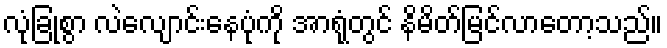
လုံခြုံစွာ လဲလျောင်းနေပုံကို အာရုံတွင် နိမိတ်မြင်လာတော့သည်။